Civil Veterinary Dept. North-West Frontier Province 1901-22 - 1901-1922
Year: 1901
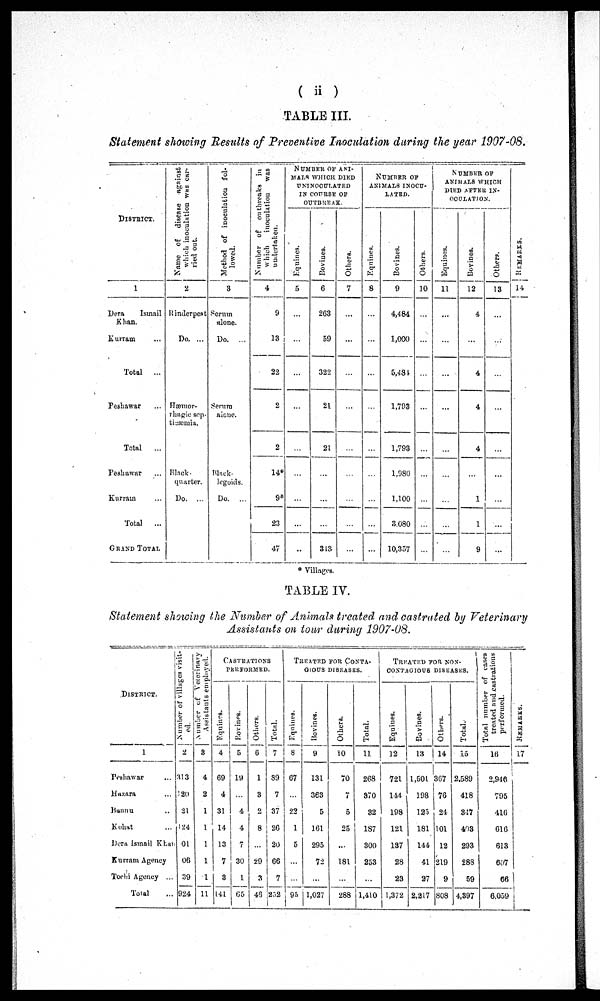
(ii)
TABLE III.
Statement showing Results of Preventive Inoculation during the year 1907-08.
DISTRICT.
1
Dera
Ismail
Khan.
Kurram ...
Total
...
Peshawar ...
Total
...
Peshawar ...
Kurram ...
Total
...
GRAND TOTAL
Name
of
disease
against
which inoculation was car-
ried
out.
2
Rinderpest
Do. ...
Hæmor-
rhagic sep-
tiaæmia.
Black-
quarter.
Do. ...
Method of inoculation fol-
lowed.
3
Serum
alone.
Do. ...
Serum
aione.
Black-
legoids.
Do. ...
Number of outbreaks in
which
inoculation was
undertaken.
4
9
13
22
2
2
14*
9*
23
47
NUMBER OF ANI-
MALS WHICH DIED
UNINOCULATED
IN COURSE OF
OUTBREAK.
Equines.
5
...
...
...
...
...
...
...
...
..
Bovines.
6
263
59
322
21
21
...
...
...
313
Others.
7
...
...
...
...
...
...
...
...
...
NUMBER OF
ANIMALS INOCU-
LATED.
Equines.
8
...
...
...
...
...
...
...
...
...
Bovines.
9
4,484
1,000
5,484
1,793
1,793
1,980
1,100
3,080
10,357
Others.
10
...
...
...
...
...
...
...
...
...
NUMBER OF
ANIMALS WHICH
DIED AFTER IN-
OCULATION.
Equines.
11
...
...
...
...
...
...
...
...
...
Bovines.
12
4
...
4
4
4
...
1
1
9
Others.
13
...
...
...
...
...
...
...
...
...
REMARKS.
14
* Villages.
TABLE IV.
Statement showing the Number of Animals treated and castrated by Veterinary
Assistants on tour during 1907-08.
DISTRICT.
1
Peshawar ...
Hazara ...
Bannu ...
Kohat ...
Dora Ismail Khan
Kurram Agency
Tochi Agency ...
Total ...
Number of villages visit-
ed.
2
313
120
21
124
01
06
39
924
Number of Veterinary
Assistants employed.
3
4
2
1
1
1
1
1
11
CASTRATIONS
PERFORMED.
Equities.
4
69
4
31
14
13
7
3
141
Bovines.
5
19
...
4
4
7
30
1
65
Others.
6
1
3
2
8
...
29
3
46
Total.
7
89
7
37
26
20
66
7
252
TREATED FOR CONTA-
GIOUS DISEASES.
Equines.
8
67
...
22
1
5
...
...
95
Bovines.
9
131
363
5
161
295
72
...
1,027
Others.
10
70
7
5
25
...
181
...
288
Total.
11
268
370
32
187
300
253
...
1,410
TRKATED FOR NON-
CONTAGIOUS DISEASES.
Equines.
12
721
144
198
121
137
28
23
1,372
Bovines.
13
1,501
198
125
181
144
41
27
2,217
Others.
14
367
76
21
101
12
219
9
808
Total.
15
2,589
418
847
403
293
288
59
4,397
Total number of cases
treated and castrations
performed.
16
2,946
795
416
616
613
607
66
6,059
REMARKS.
17